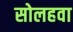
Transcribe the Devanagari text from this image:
सोलहवा